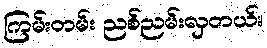
ကြမ်းတမ်း ညစ်ညမ်းလှတယ်။